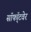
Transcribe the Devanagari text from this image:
सॉफॉ्टवेर